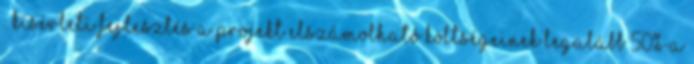
: kísérleti fejlesztés a projekt elszámolható költségeinek legalább 50%-a